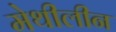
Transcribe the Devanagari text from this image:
मेथीलीन